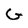
Character: G